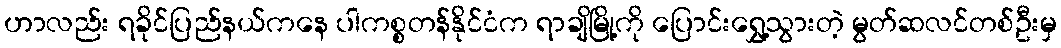
ဟာလည်း ရခိုင်ပြည်နယ်ကနေ ပါကစ္စတန်နိုင်ငံက ရာချိမြို့ကို ပြောင်းရွှေ့သွားတဲ့ မွတ်ဆလင်တစ်ဦးမှ